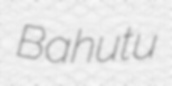
Bahutu